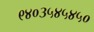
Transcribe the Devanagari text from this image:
९४०३५४५४५०